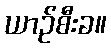
ယာဉ်စီးခ။